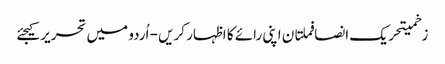
زخمیتحریک انصافملتان اپنی رائے کا اظہار کریں - اُردو میں تحریر کیجئے